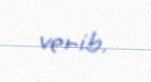
verib.